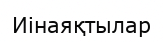
Иінаяқтылар